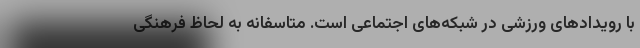
با رویدادهای ورزشی در شبکه‌های اجتماعی است. متاسفانه به لحاظ فرهنگی